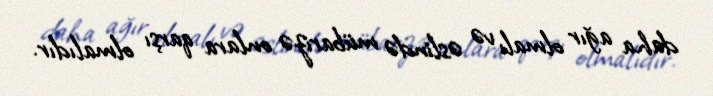
daha ağır olmalı və əslində mübarizə onlara qarşı olmalıdır.